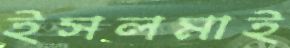
ইসলমাই